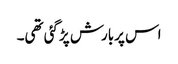
اس پربارش پڑگئی تھی۔